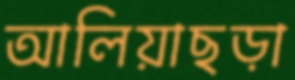
আলিয়াছড়া